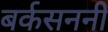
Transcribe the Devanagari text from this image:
बर्कसननी